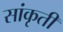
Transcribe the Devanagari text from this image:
सांकृती